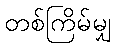
တစ်ကြိမ်မျှ